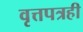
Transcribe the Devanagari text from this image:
वृत्तपत्रही